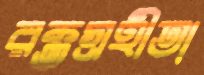
রক্তগ্রহীতা